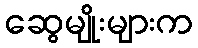
ဆွေမျိုးများက